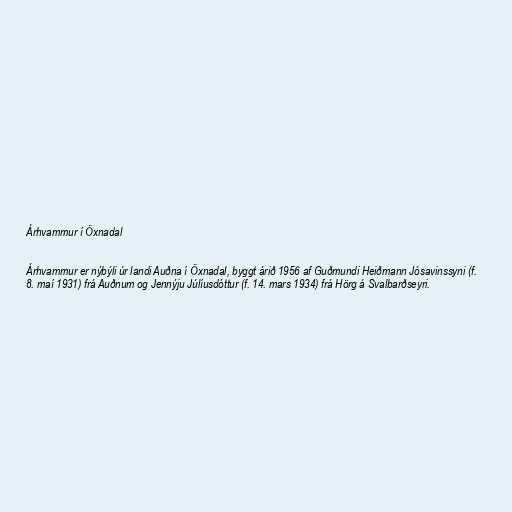
Árhvammur í Öxnadal

Árhvammur er nýbýli úr landi Auðna í Öxnadal, byggt árið 1956 af Guðmundi Heiðmann Jósavinssyni (f.
8. maí 1931) frá Auðnum og Jennýju Júlíusdóttur (f. 14. mars 1934) frá Hörg á Svalbarðseyri.